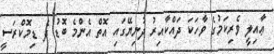
ޢާއިލީ ވެރިކަމުގެ ވާހަކަ ދައްކާއިރު ދުނިޔޭގައި އޮތް އެންމެ ބޮޑު ދެ ޑިމޮކްރަސީ